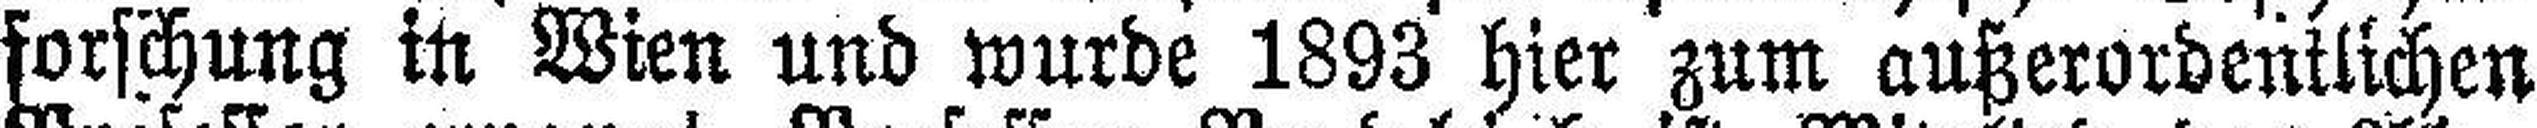
forschung in Wien und wurde 1893 hier zum außerordentlichen